Scientific memoirs by medical officers of the Army of India - Part XII,
Year: 1901
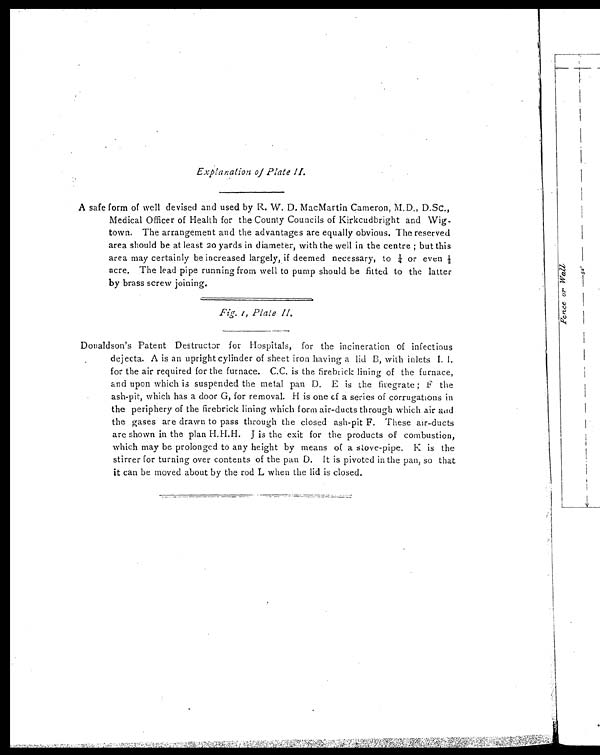
Explanation of Plate II.
A safe form of well devised and used by R. W. D. MacMartin Cameron, M.D., D.SC.,
Medical Officer of Health for the County Councils of Kirkcudbright and Wig
-
town. The arrangement and the advantages are equally obvious. The reserved
area should be at least 20 yards in diameter, with the well in the centre; but this
area may certainly be increased largely, if deemed necessary, to ¼ or even
½
acre. The lead pipe running from well to pump should be filted to the latter
by brass screw joining.
Fig. I, Plate II.
Donaldson's Patent Destructor for Hospitals, for the incineration of infectious
dejecta. A is an upright cylinder of sheet iron having a lid B, with inlets I. I.
for the air required for the furnace. C.C. is the firebrick lining of the furnace,
and upon which is suspended the metal pan D. E is the firegrate; F the
ash-pit, which has a door G, for removal. H is one cf a series of corrugations in
the periphery of the firebrick lining which form air-ducts through which air and
the gases are drawn to pass through the closed ash-pit F. These air-ducts
are shown in the plan H.H.H. J is the exit for the products of combustion,
which may be prolonged to any height by means of a stove-pipe. K is the
stirrer for turning over contents of the pan D. It is pivoted in the pan, so that
it can be moved about by the rod L when the lid is closed.